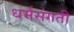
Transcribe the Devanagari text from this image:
धर्मसंगती